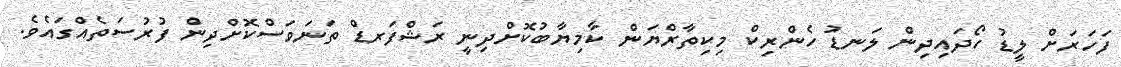
ފަހަރަށް ލީޑު ހޯދައިދިން ލަނޑު ހެންރިކް މިކިތާރްޔަން ކާމިޔާބުކޮށްދިނީ ރަޝްފަރޑް ތަނަވަސްކޮށްދިން ފުރުސަތެއްގައެވެ.